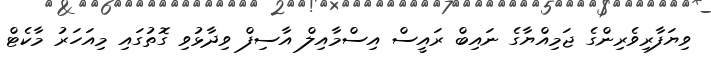
ވިޔަފާރިވެރިންގެ ޖަމިއްޔާގެ ނައިބް ރައީސް އިސްމާއިލް އާސިފް ވިދާޅުވި ގޮތުގައި މިއަހަރު މާކެޓް